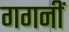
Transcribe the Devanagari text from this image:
गगनीं